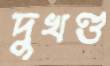
দুখণ্ড